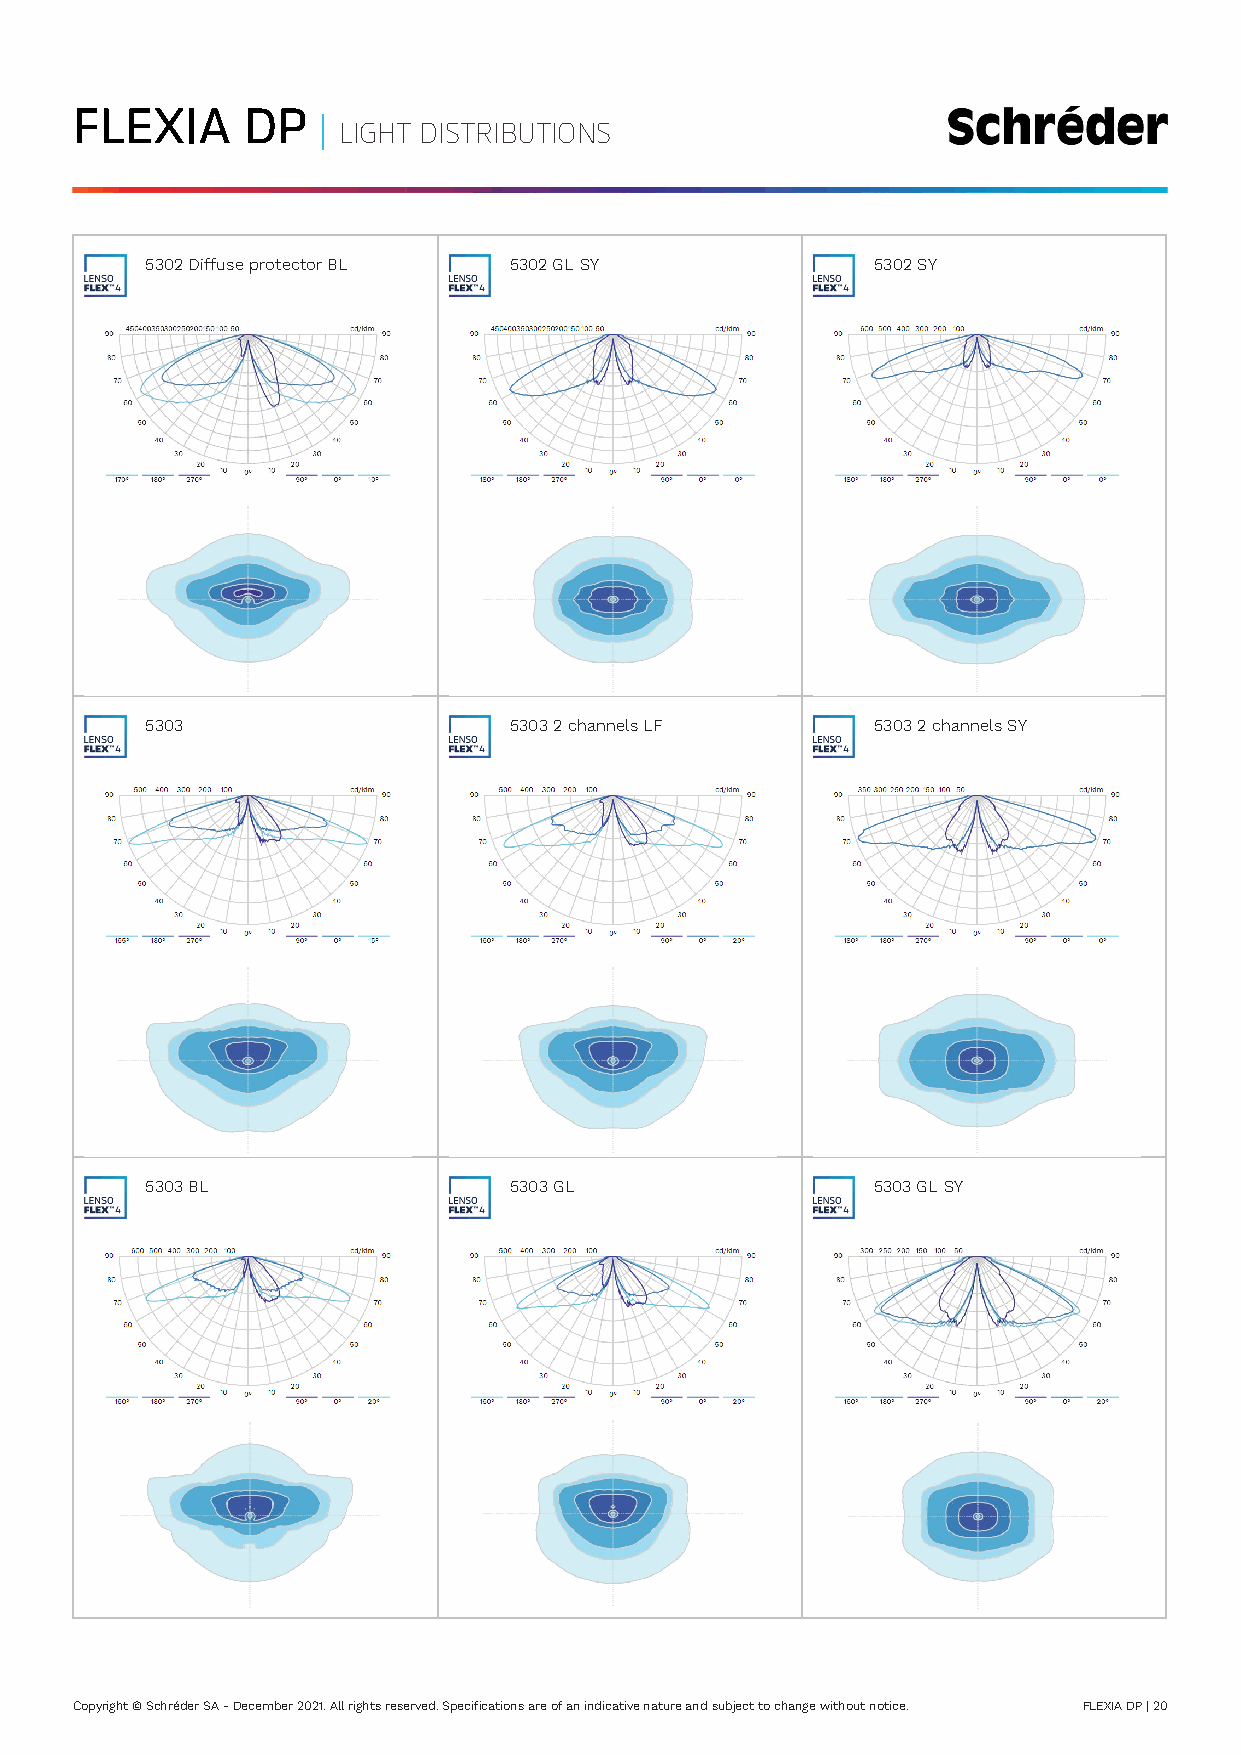
FLEXIA     DP   |
 LIGHT DISTRIBUTIONS
 5302 Diffuse protector BL 5302 GL SY            5302 SY
 5303                    5303 2 channels LF      5303 2 channels SY
 5303 BL                 5303 GL                 5303 GL SY
 Copyright © Schréder SA - December 2021. All rights reserved. Specifications are of an indicative nature and subject to change without notice. FLEXIA DP | 20